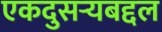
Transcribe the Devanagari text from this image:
एकदुसर्‍यबद्दल